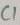
Text: C1